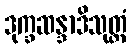
ဒုက္ခဆန္ဒာဒိသုတ္တံ